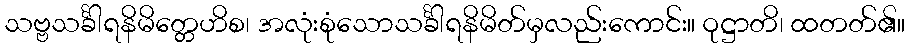
သဗ္ဗသင်္ခါရနိမိတ္တေဟိစ၊ အလုံးစုံသောသင်္ခါရနိမိတ်မှလည်းကောင်း။ ဝုဋ္ဌာတိ၊ ထတတ်၏။